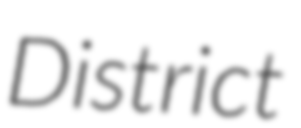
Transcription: District